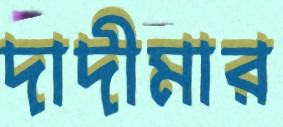
দাদীমার